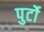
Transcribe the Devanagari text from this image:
पुर्टो